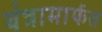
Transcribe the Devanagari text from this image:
यंत्रामार्फत